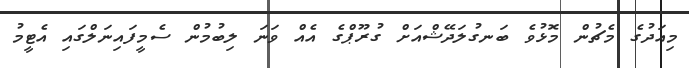
މިއަދުގެ މެޗުން މޮޅުވެ ބަނގުލަދޭޝްއަށް ގުރޫޕްގެ އެއް ވަނަ ލިބުމުން ސެމީފައިނަލްގައި އެޓީމު